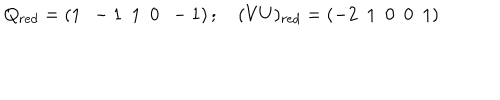
LaTeX: Q _ { r e d } = \left( 1 ~ ~ - 1 ~ ~ 1 ~ ~ 0 ~ ~ - 1 \right) ; ~ ( V U ) _ { r e d } = \left( - 2 ~ ~ 1 ~ ~ 0 ~ ~ 0 ~ ~ 1 \right)